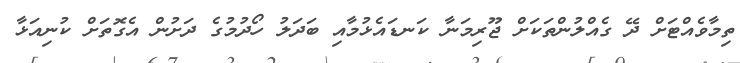
ތިމާވެއްޓަށް ދޭ ގެއްލުންތަކަށް ޖޫރިމަނާ ކަނޑައެޅުމާއި ބަދަލު ހޯދުމުގެ ދަށުން އެގޮތަށް ކުނިއަޅާ